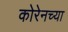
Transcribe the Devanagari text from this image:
कोरेनच्या